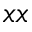
x x